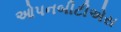
ઓપનબીટીએસ